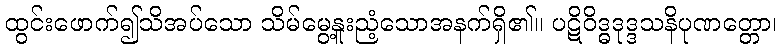
ထွင်းဖောက်၍သိအပ်သော သိမ်မွေ့နူးညံ့သောအနက်ရှိ၏။ ပဋိဝိဒ္ဓဒုဒ္ဒသနိပုဏတ္တော၊